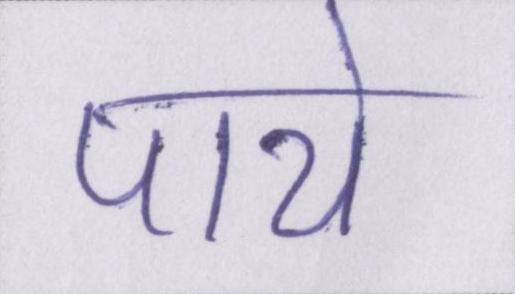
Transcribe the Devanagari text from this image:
पाये